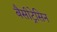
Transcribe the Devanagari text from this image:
बैसीट्रेसिन